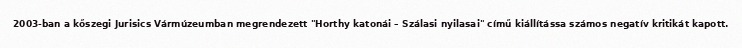
2003-ban a kőszegi Jurisics Vármúzeumban megrendezett "Horthy katonái – Szálasi nyilasai" című kiállítássa számos negatív kritikát kapott.